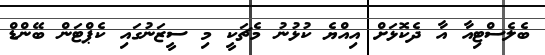
ބެލެސްޓިއާ އާ ދެކޮޅަށް އިއްޔެ ކުޅުނު މެޗަކީ މި ސީޒަނުގައި ކެޕްޓަން ބޭންޑް